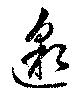
邈